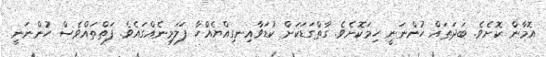
އޮމާން ކޮށެވެ. ބަދަތައް ހުންނަނީ ހިމަކޮށެވެ. ގާތްގަޑަކަށް ކުޑަވާއިނގިއްޔެއްހާ ފަލަމިނެއްގައެވެ. ފަތްތައްވެސް ހުންނަނީ